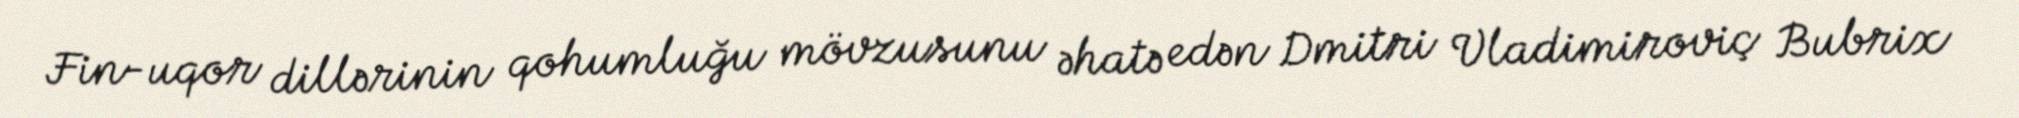
Fin-uqor dillərinin qohumluğu mövzusunu əhatə edən Dmitri Vladimiroviç Bubrix